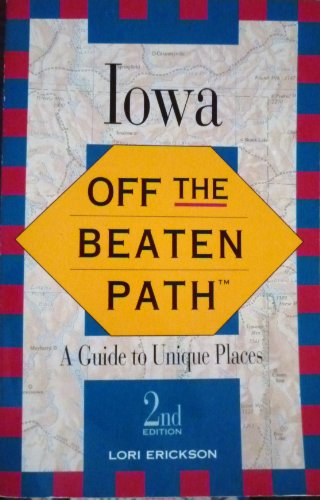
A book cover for Iowa (Off the Beaten Path); Lori Erickson; Travel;